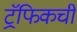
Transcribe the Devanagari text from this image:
ट्रॅफिकची